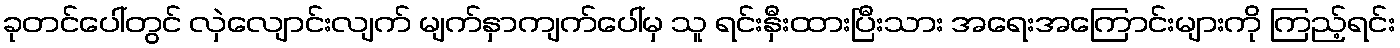
ခုတင်ပေါ်တွင် လှဲလျောင်းလျက် မျက်နှာကျက်ပေါ်မှ သူ ရင်းနှီးထားပြီးသား အရေးအကြောင်းများကို ကြည့်ရင်း